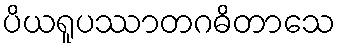
ပိယရူပဿာတဂဓိတာသေ